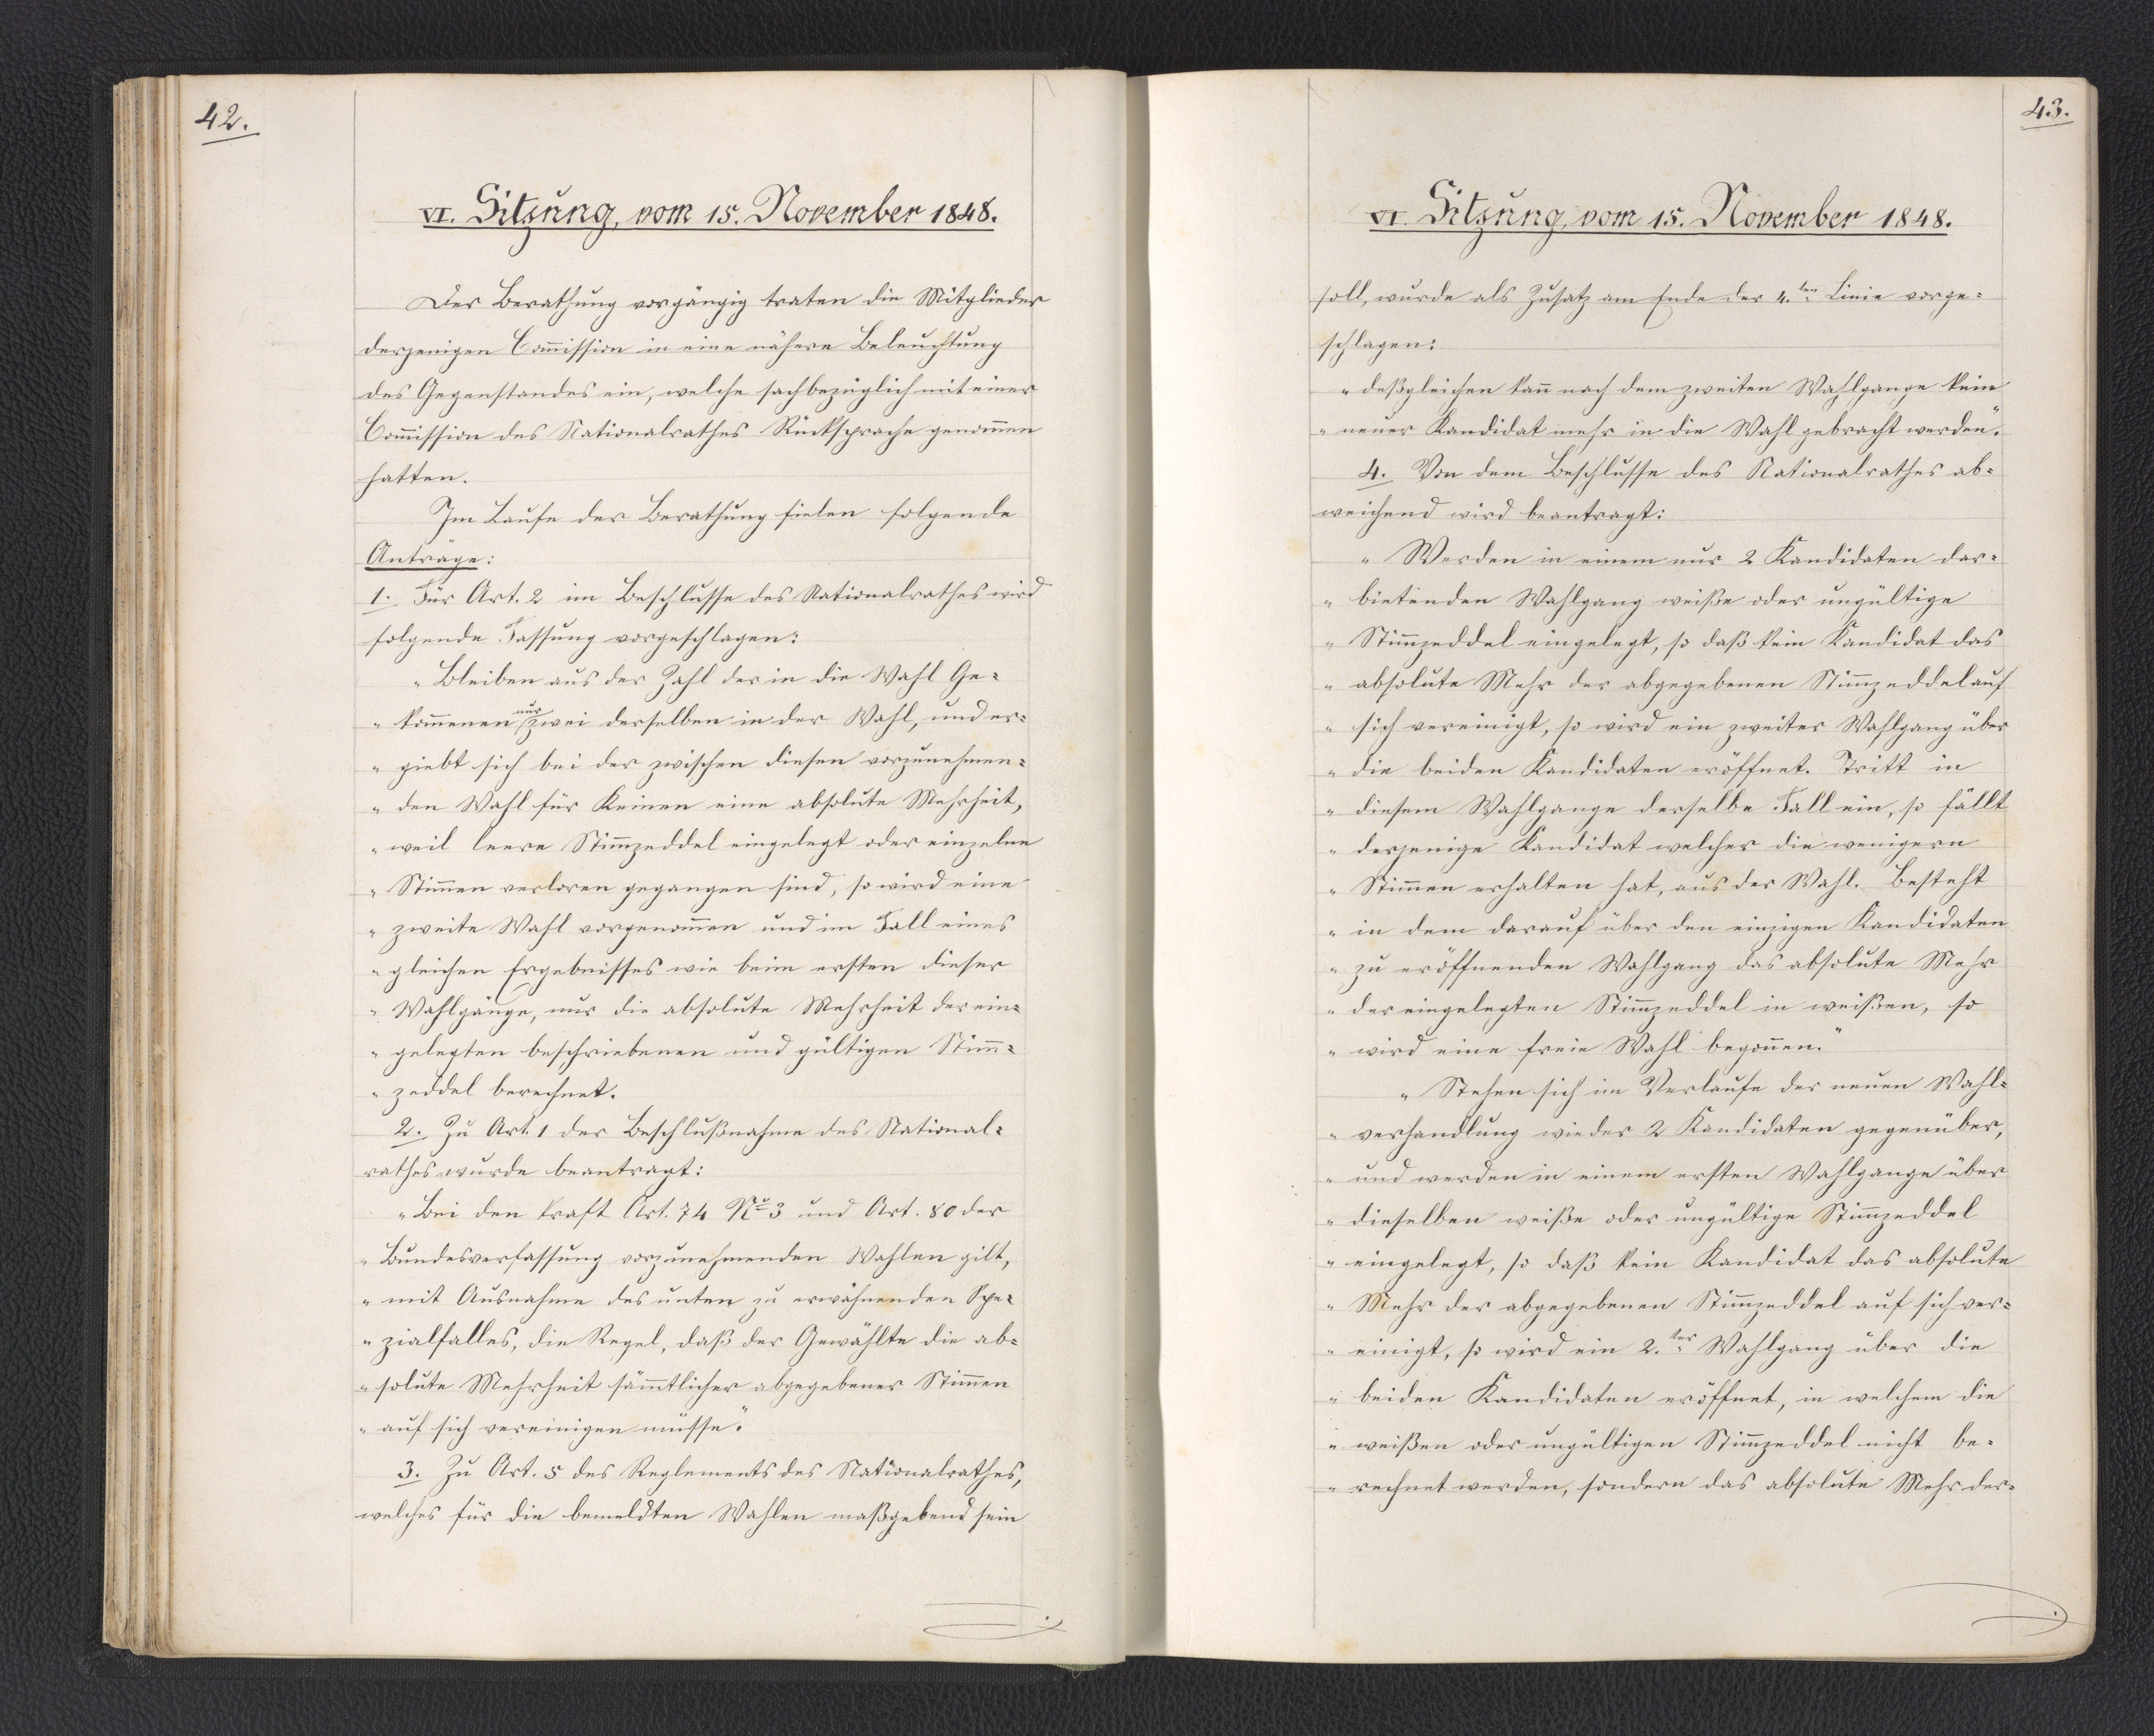
42.

VI. Sitzung, vom 15. November 1848.

Der Berathung vorgängig traten die Mitglieder
derjenigen Commission in eine nähere Beleuchtung
des Gegenstandes ein, welche sachbezüglich mit einer
Commission des Nationalrathes Rücksprache genommen
hatten.
Im Laufe der Berathung fielen folgende
Anträge:
1. Für Art. 2 im Beschlusse des Nationalrathes wird
folgende Fassung vorgeschlagen:
"Bleiben aus der Zahl der in die Wahl Ge¬
kommenen * zwei derselben in der Wahl, und er¬
* nur
giebt sich bei der zwischen diesen vorzunehmen¬
den Wahl für Keinen eine absolute Mehrheit,
weil leere Stimmzeddel eingelegt oder einzelne
Stimmen verloren gegangen sind, so wird eine
zweite Wahl vorgenommen, und im Fall eines
gleichen Ergebnisses wie beim ersten dieser
Wahlgänge, nur die absolute Mehrheit der ein¬
gelegten beschriebenen und gültigen Stimm¬
zeddel berechnet."
2. Zu Art. 1 der Beschlußnahme des National¬
rathes wurde beantragt:
"Bei den Kraft Art. 74 No 3 und Art. 80 der
Bundesverfassung vorzunehmenden Wahlen gilt,
mit Ausnahme des unten zu erwähnenden Spe¬
zialfalles, die Regel, daß der Gewählte die ab¬
solute Mehrheit sämmtlicher abgegebener Stimmen
auf sich vereinigen müsse."
3. Zu Art. 5 des Reglements des Nationalrathes,
welches für die bemeldten Wahlen maßgebend sein

43.

VI. Sitzung, vom 15. November 1848.

soll, wurde als Zusatz am Ende der 4.ten Linie vorge¬
schlagen:
"deßgleichen kann nach dem zweiten Wahlgange kein
neuer Kandidat mehr in die Wahl gebracht werden."
4. Von dem Beschlusse des Nationalrathes ab¬
weichend wird beantragt:
"Werden in einem nur 2 Kandidaten dar¬
bietenden Wahlgang weiße oder ungültige
Stimmzeddel eingelegt, so daß kein Kandidat das
absolute Mehr der abgegebenen Stimmzeddel auf
sich vereinigt, so wird ein zweiter Wahlgang über
die beiden Kandidaten eröffnet. Tritt in
diesem Wahlgange derselbe Fall ein, so fällt
derjenige Kandidat welcher die wenigern
Stimmen erhalten hat, aus der Wahl. Besteht
in dem darauf über den einzigen Kandidaten
zu eröffnenden Wahlgang das absolute Mehr
der eingelegten Stimmzeddel in weißen, so
wird eine freie Wahl begonnen."
"Stehen sich im Verlaufe der neuen Wahl¬
verhandlung wieder 2 Kandidaten gegenüber,
und werden in einem ersten Wahlgange über
dieselben weiße oder ungültige Stimmzeddel
eingelegt, so daß kein Kandidat das absolute
Mehr der abgegebenen Stimmzeddel auf sich ver¬
einigt, so wird ein 2.ter Wahlgang über die
beiden Kandidaten eröffnet, in welchem die
weißen oder ungültigen Stimmzeddel nicht be¬
rechnet werden, sondern das absolute Mehr der¬